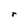
Character: r